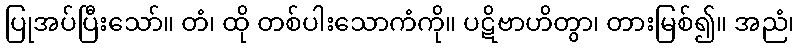
ပြုအပ်ပြီးသော်။ တံ၊ ထို တစ်ပါးသောကံကို။ ပဋိဗာဟိတွာ၊ တားမြစ်၍။ အညံ၊